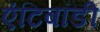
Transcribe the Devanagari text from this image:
एंटिबॉडी